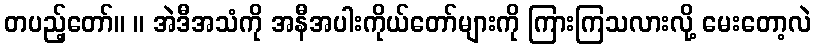
တပည့်တော်။ ။ အဲဒီအသံကို အနီအပါးကိုယ်တော်များကို ကြားကြသလားလို့ မေးတော့လဲ